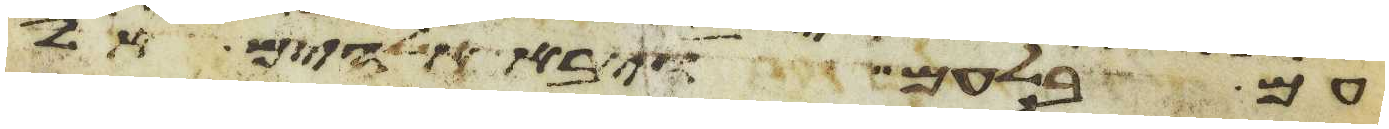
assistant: עם בלעם ויבא אלהים אל